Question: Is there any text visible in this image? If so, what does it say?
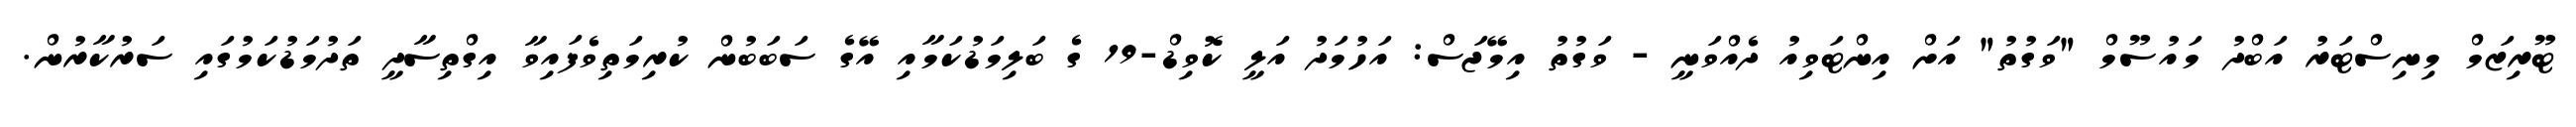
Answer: ޓޫރިޒަމް މިނިސްޓަރު އަބްދު މައުސޫމް "ވަގުތު" އަށް އިންޓަވިއު ދެއްވަނީ - ވަގުތު އިމޭޖަސް: އަހުމަދު އަލީ ކޮވިޑް-19 ގެ ބަލިމަޑުކަމާއި އޭގެ ސަބަބުން ކުރިމަތިވެފައިވާ އިގްތިސާދީ ތަދުމަޑުކަމުގައި ސަރުކާރުން.